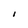
Character: I